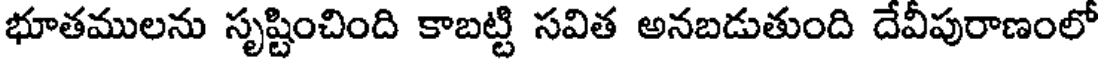
భూతములను సృష్టించింది కాబట్టి సవిత అనబడుతుంది దేవీపురాణంలో